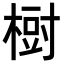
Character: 𣗳